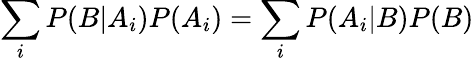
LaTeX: \sum_{i}{P(B|A_{i})P(A_{i})}=\sum_{i}{P(A_{i}|B)P(B)}